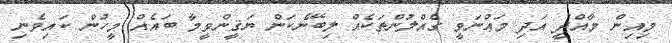
މިއިން މާއްދީ އަދި މަޢްނަވީ ގެއްލުންތަކެއް ލިބޭނެކަން ޔަޤީންވީމާ ބައެއް މީހުން ކައިވެނި